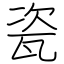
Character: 瓷